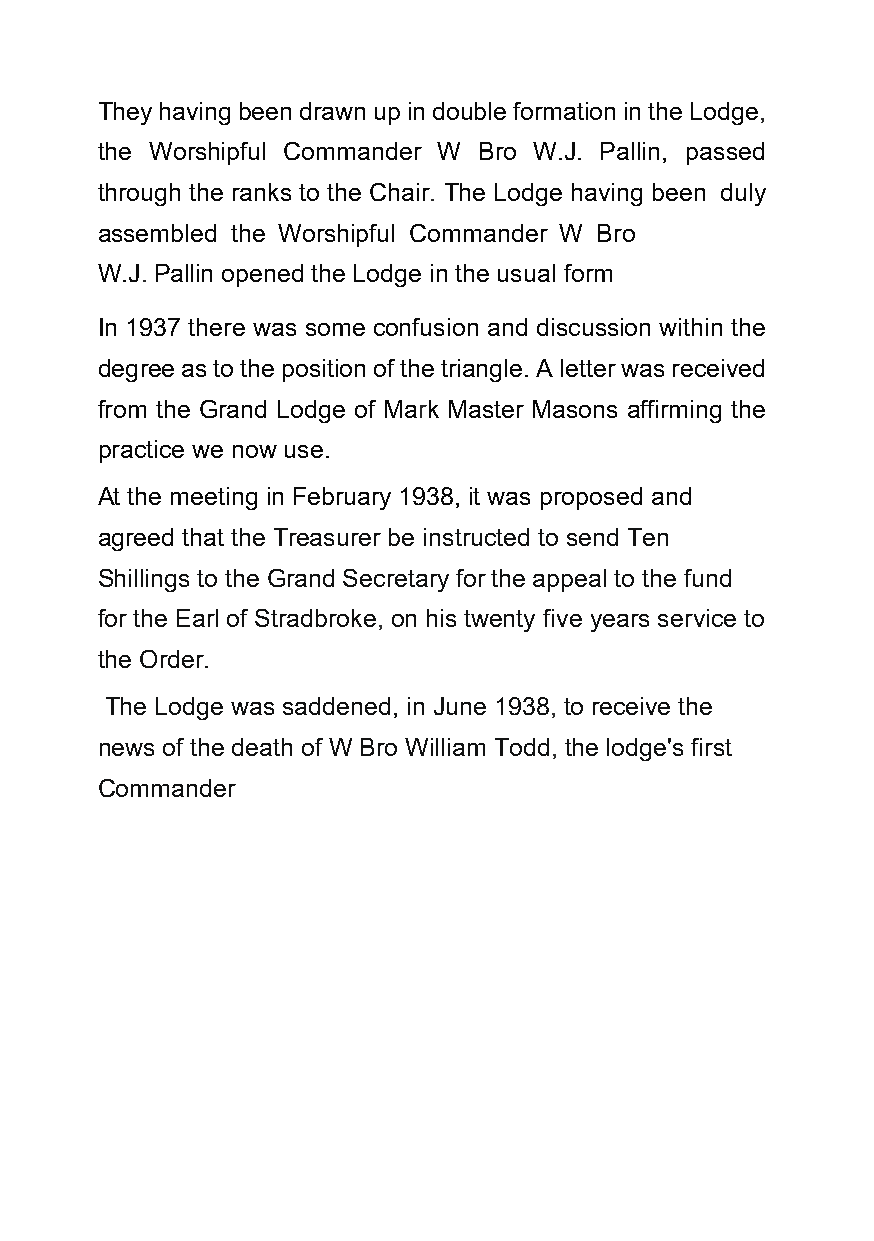
They having been drawn up in double formation in the Lodge,
 the Worshipful Commander W Bro W.J. Pallin, passed
 through the ranks to the Chair. The Lodge having been duly
 assembled the Worshipful Commander W Bro
 W.J. Pallin opened the Lodge in the usual form
 In 1937 there was some confusion and discussion within the
 degree as to the position of the triangle. A letter was received
 from the Grand Lodge of Mark Master Masons affirming the
 practice we now use.
 At the meeting in February 1938, it was proposed and
 agreed that the Treasurer be instructed to send Ten
 Shillings to the Grand Secretary for the appeal to the fund
 for the Earl of Stradbroke, on his twenty five years service to
 the Order.
 The Lodge was saddened, in June 1938, to receive the
 news of the death of W Bro William Todd, the lodge's first
 Commander